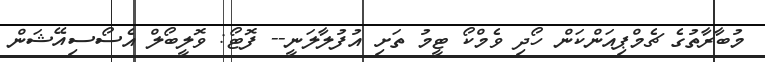
މުބާރާތުގެ ޗެމްޕިއަންކަން ހޯދި ވެމްކޯ ޓީމު ތަށި އުފުލާލަނީ-- ފޮޓޯ: ވޮލީބޯލް އެސޯސިއޭޝަން